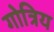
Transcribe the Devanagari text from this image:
गोत्रिय